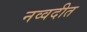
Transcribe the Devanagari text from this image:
नव्वदीत